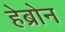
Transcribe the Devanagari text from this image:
हेब्रोन